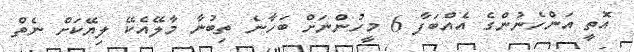
އޮތީ އަންހެނުންގެ އެއްބަފާ 6 މީހުންނަށް ބަހާނެ ތިބުނާ މާލޭއެކޭ ލިޔޭކަށް ނެތް